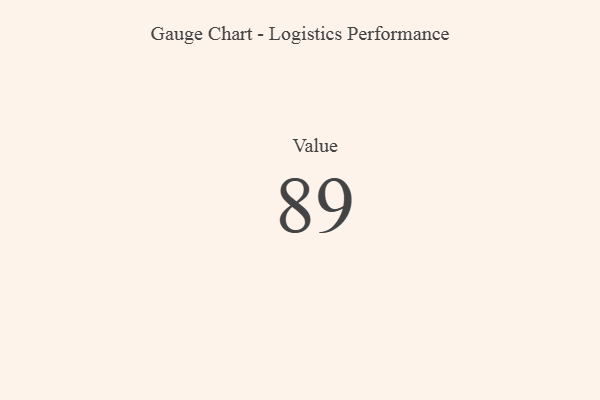
{"axis": {"x": "Metric", "y": "Value"}, "legend": [""], "data": [{"x": "Value", "y": 89, "type": ""}]}